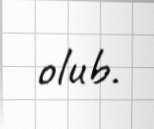
olub.